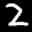
Label: 2